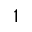
^ 1